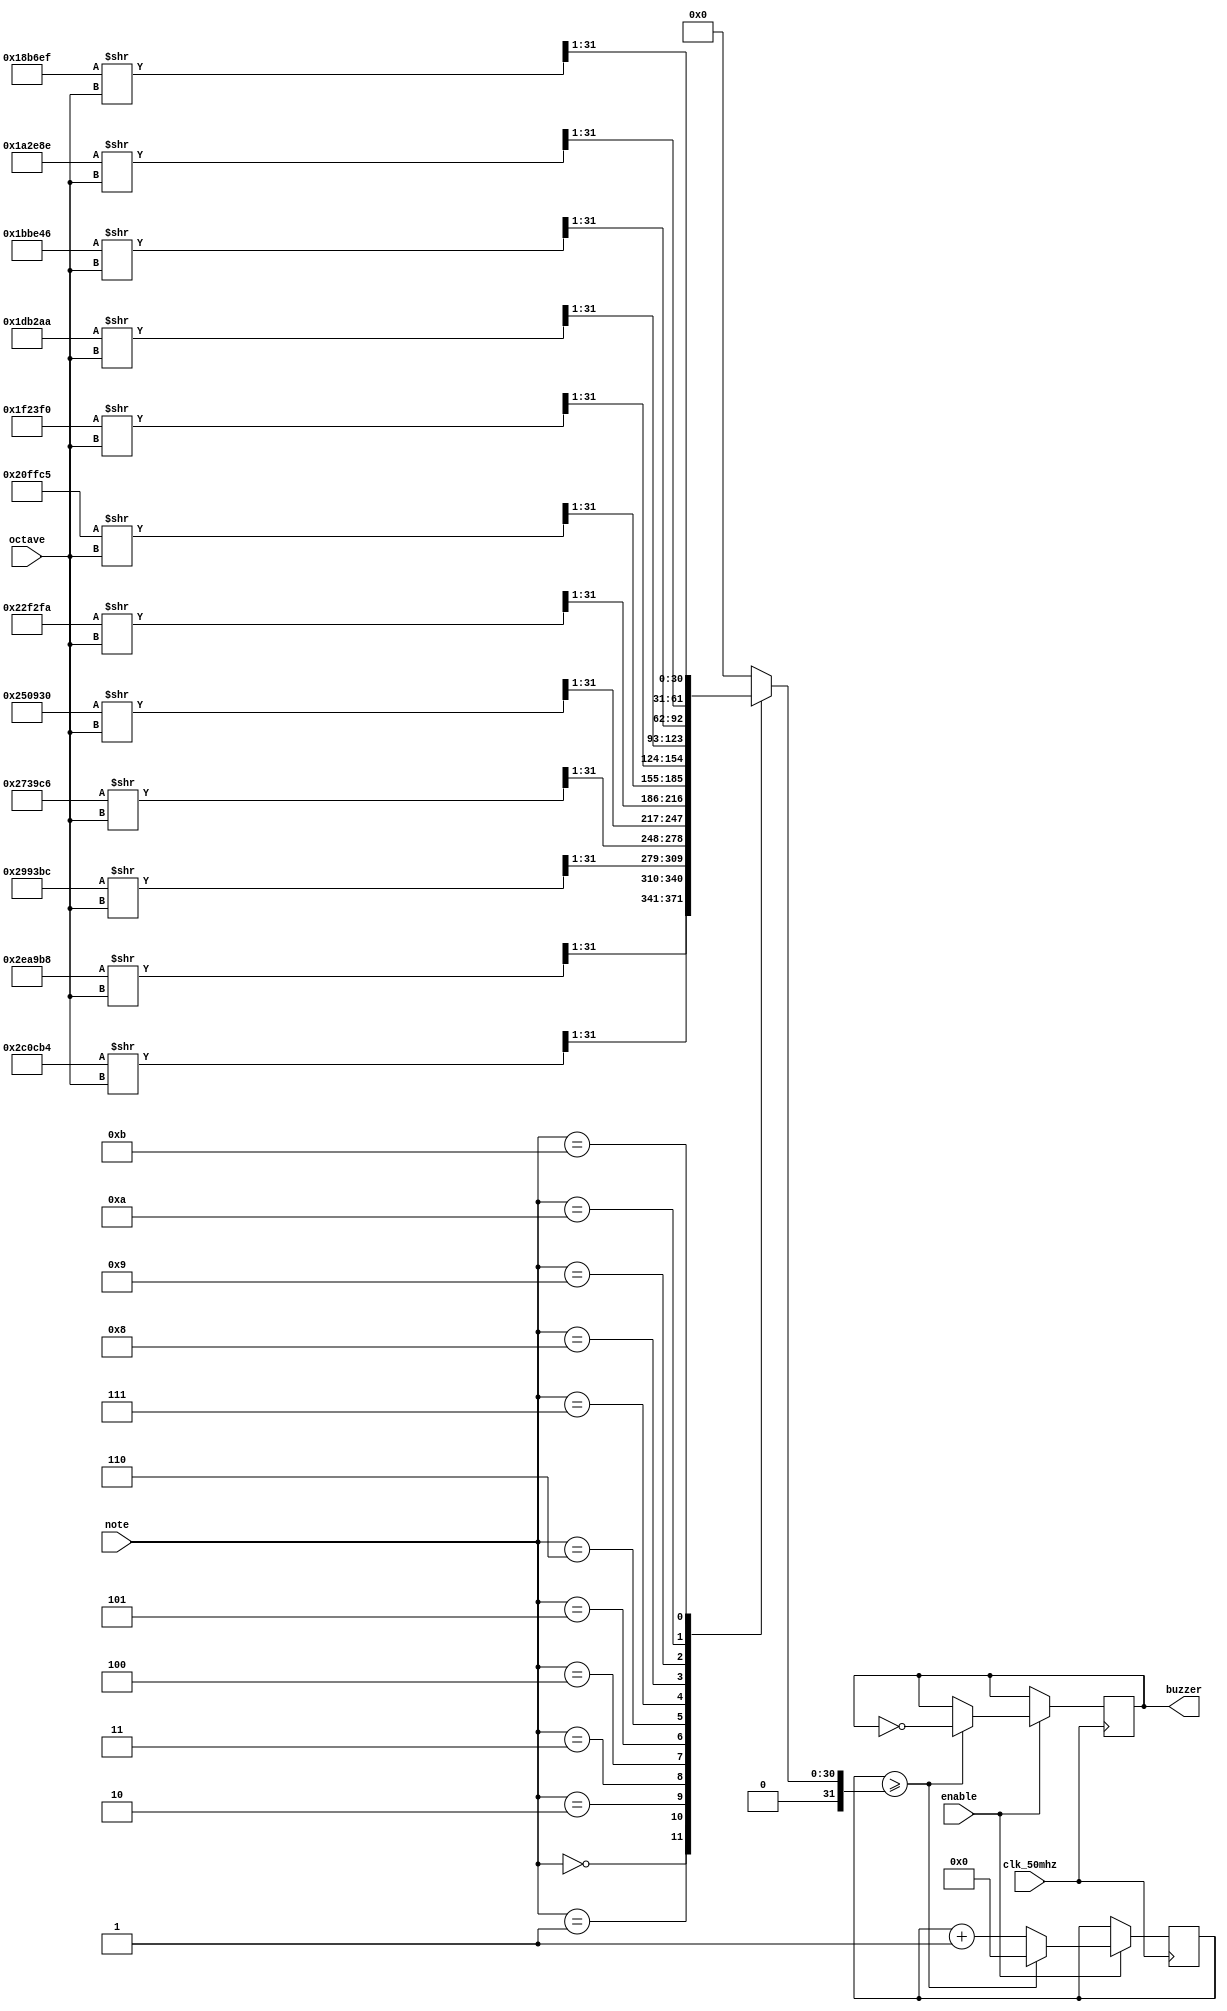
module buzzer( //v1: no live modification of note data
	
	input clk_50mhz,
	input enable,
	input wire [3:0] note,
	input wire [2:0] octave,
	
	output reg buzzer);
		
	//counter for holding a count of at least 1 second.
	reg [26:0] counter;
	
	integer note_count;
	
	initial begin
		counter = 0;
	end
	
	always begin
	//generate the value when the counter toggles
			//This table is 50,000,000 divided by the base frequency of each note
			//Octave bitshifts the frequency, dividing it by 2 with each bit shift.
			case (note)	
				0: note_count = 3058104 >> octave >> 1; //C
				1: note_count = 2886836 >> octave >> 1; //C#
				2: note_count = 2724796 >> octave >> 1; //D
				3: note_count = 2570694 >> octave >> 1; //D#
				4: note_count = 2427184 >> octave >> 1; //E
				5: note_count = 2290426 >> octave >> 1; //F
				6: note_count = 2162629 >> octave >> 1; //F#
				7: note_count = 2040816 >> octave >> 1; //G
				8: note_count = 1946282 >> octave >> 1; //G#
				9: note_count = 1818182 >> octave >> 1; //A
				10: note_count = 1715854 >> octave >> 1;//A#
				11: note_count = 1619695 >> octave >> 1;//B
				default: note_count = 0;
			endcase
	end
	
	always @(posedge clk_50mhz) begin
		
		if (enable == 1) begin
		
			//toggle the buzzer pin, and reset the counter if note_count has been reached
			if (counter >= note_count) begin
				buzzer = !buzzer;
				counter = 0;
			end
			//else increment the counter
			else counter = counter + 1;
			
		end
		
	end
	
endmodule